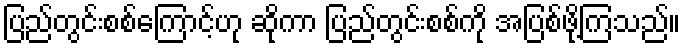
ပြည်တွင်းစစ်ကြောင့်ဟု ဆိုကာ ပြည်တွင်းစစ်ကို အပြစ်ဖို့ကြသည်။